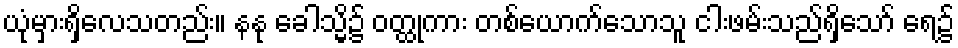
ယုံမှားရှိလေသတည်း။ နနု ခေါသ္မိ၌ ဝတ္ထုကား တစ်ယောက်သောသူ ငါးဖမ်းသည်ရှိသော် ရေ၌